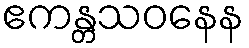
ဧကန္တသဝနေန